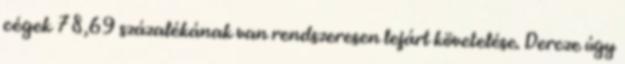
cégek 78,69 százalékának van rendszeresen lejárt követelése. Dercze úgy